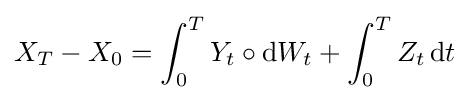
X_{T}-X_{0}=\int _{0}^{T}Y_{t}\circ \mathrm {d} W_{t}+\int _{0}^{T}Z_{t}\,\mathrm {d} t